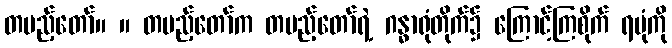
တပည့်တော်။ ။ တပည့်တော်က တပည့်တော်ရဲ့ ဂန္ဓာရုံတိုက်၌ ကြောင့်ကြစိုက် ရပုံကို